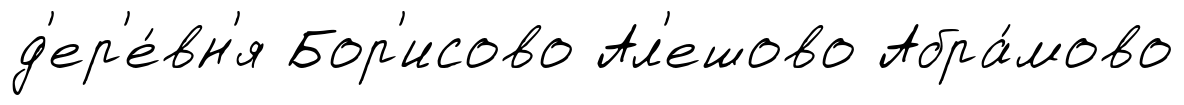
д'ер'е́вн'я Бор'исово Ал'ешово Абра́мово